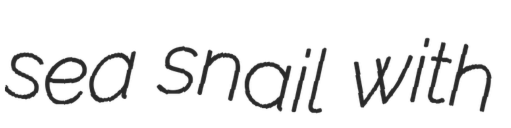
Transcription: sea snail with